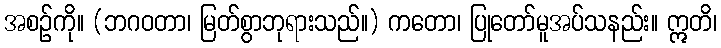
အစဉ်ကို။ (ဘဂဝတာ၊ မြတ်စွာဘုရားသည်။) ကတော၊ ပြုတော်မူအပ်သနည်း။ ဣတိ၊